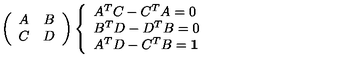
\left( \begin{array} { c c } { A } & { B } \\ { C } & { D } \\ \end{array} \right) \left\{ \begin{array} { l } { A ^ { T } C - C ^ { T } A = 0 } \\ { B ^ { T } D - D ^ { T } B = 0 } \\ { A ^ { T } D - C ^ { T } B = { \bf 1 } } \\ \end{array} \right.